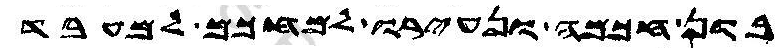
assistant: בון חכמה ונעירו למחכם למעבד